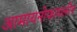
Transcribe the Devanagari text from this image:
आमायनोफायलीन